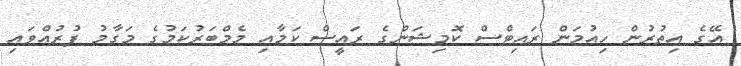
އޭގެ އިތުރުން ހިއުމަން ރައިޓްސް ކޮމިޝަންގެ ރައީސް ކަމާއި މެމްބަރުކަމުގެ މަގާމު ފުރުއްވައި